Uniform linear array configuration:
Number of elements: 24
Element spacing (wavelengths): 0.25
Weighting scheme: binomial
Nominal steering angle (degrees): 15
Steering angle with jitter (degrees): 16.434
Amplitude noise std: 0.05
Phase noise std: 0.05

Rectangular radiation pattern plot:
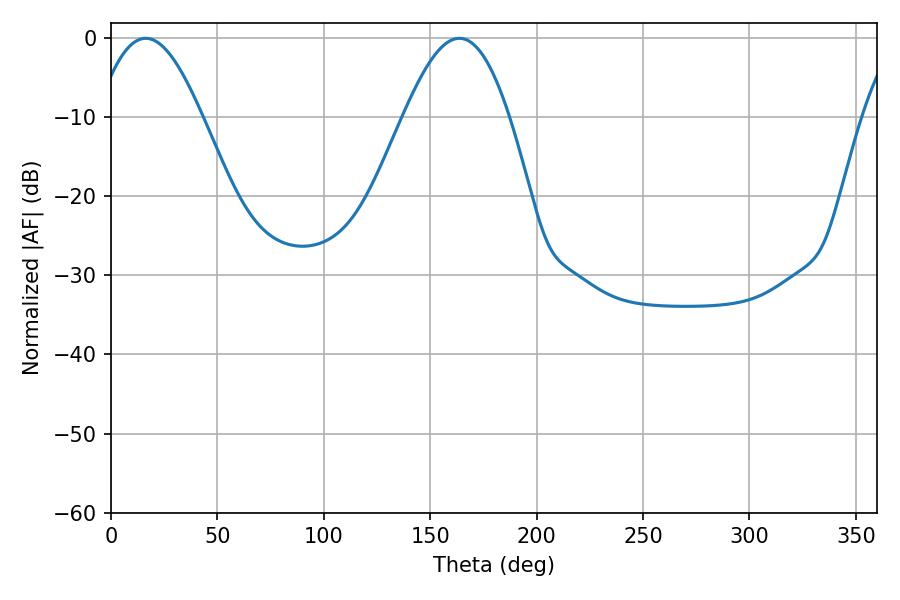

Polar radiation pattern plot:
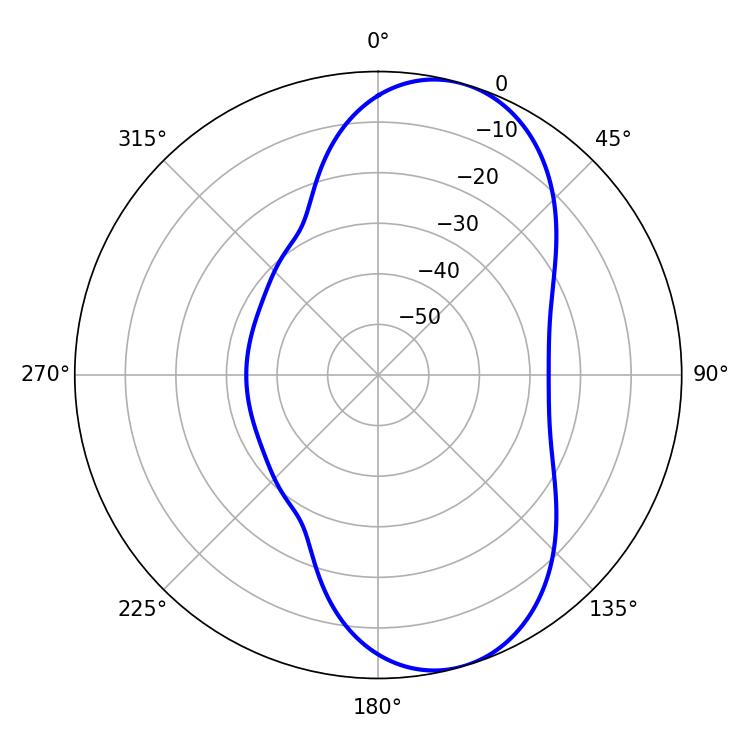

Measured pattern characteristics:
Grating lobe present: FALSE
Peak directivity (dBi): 8.216
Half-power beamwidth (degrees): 26.82
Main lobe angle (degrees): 16.38